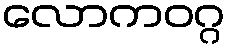
လောကဝဂ္ဂ